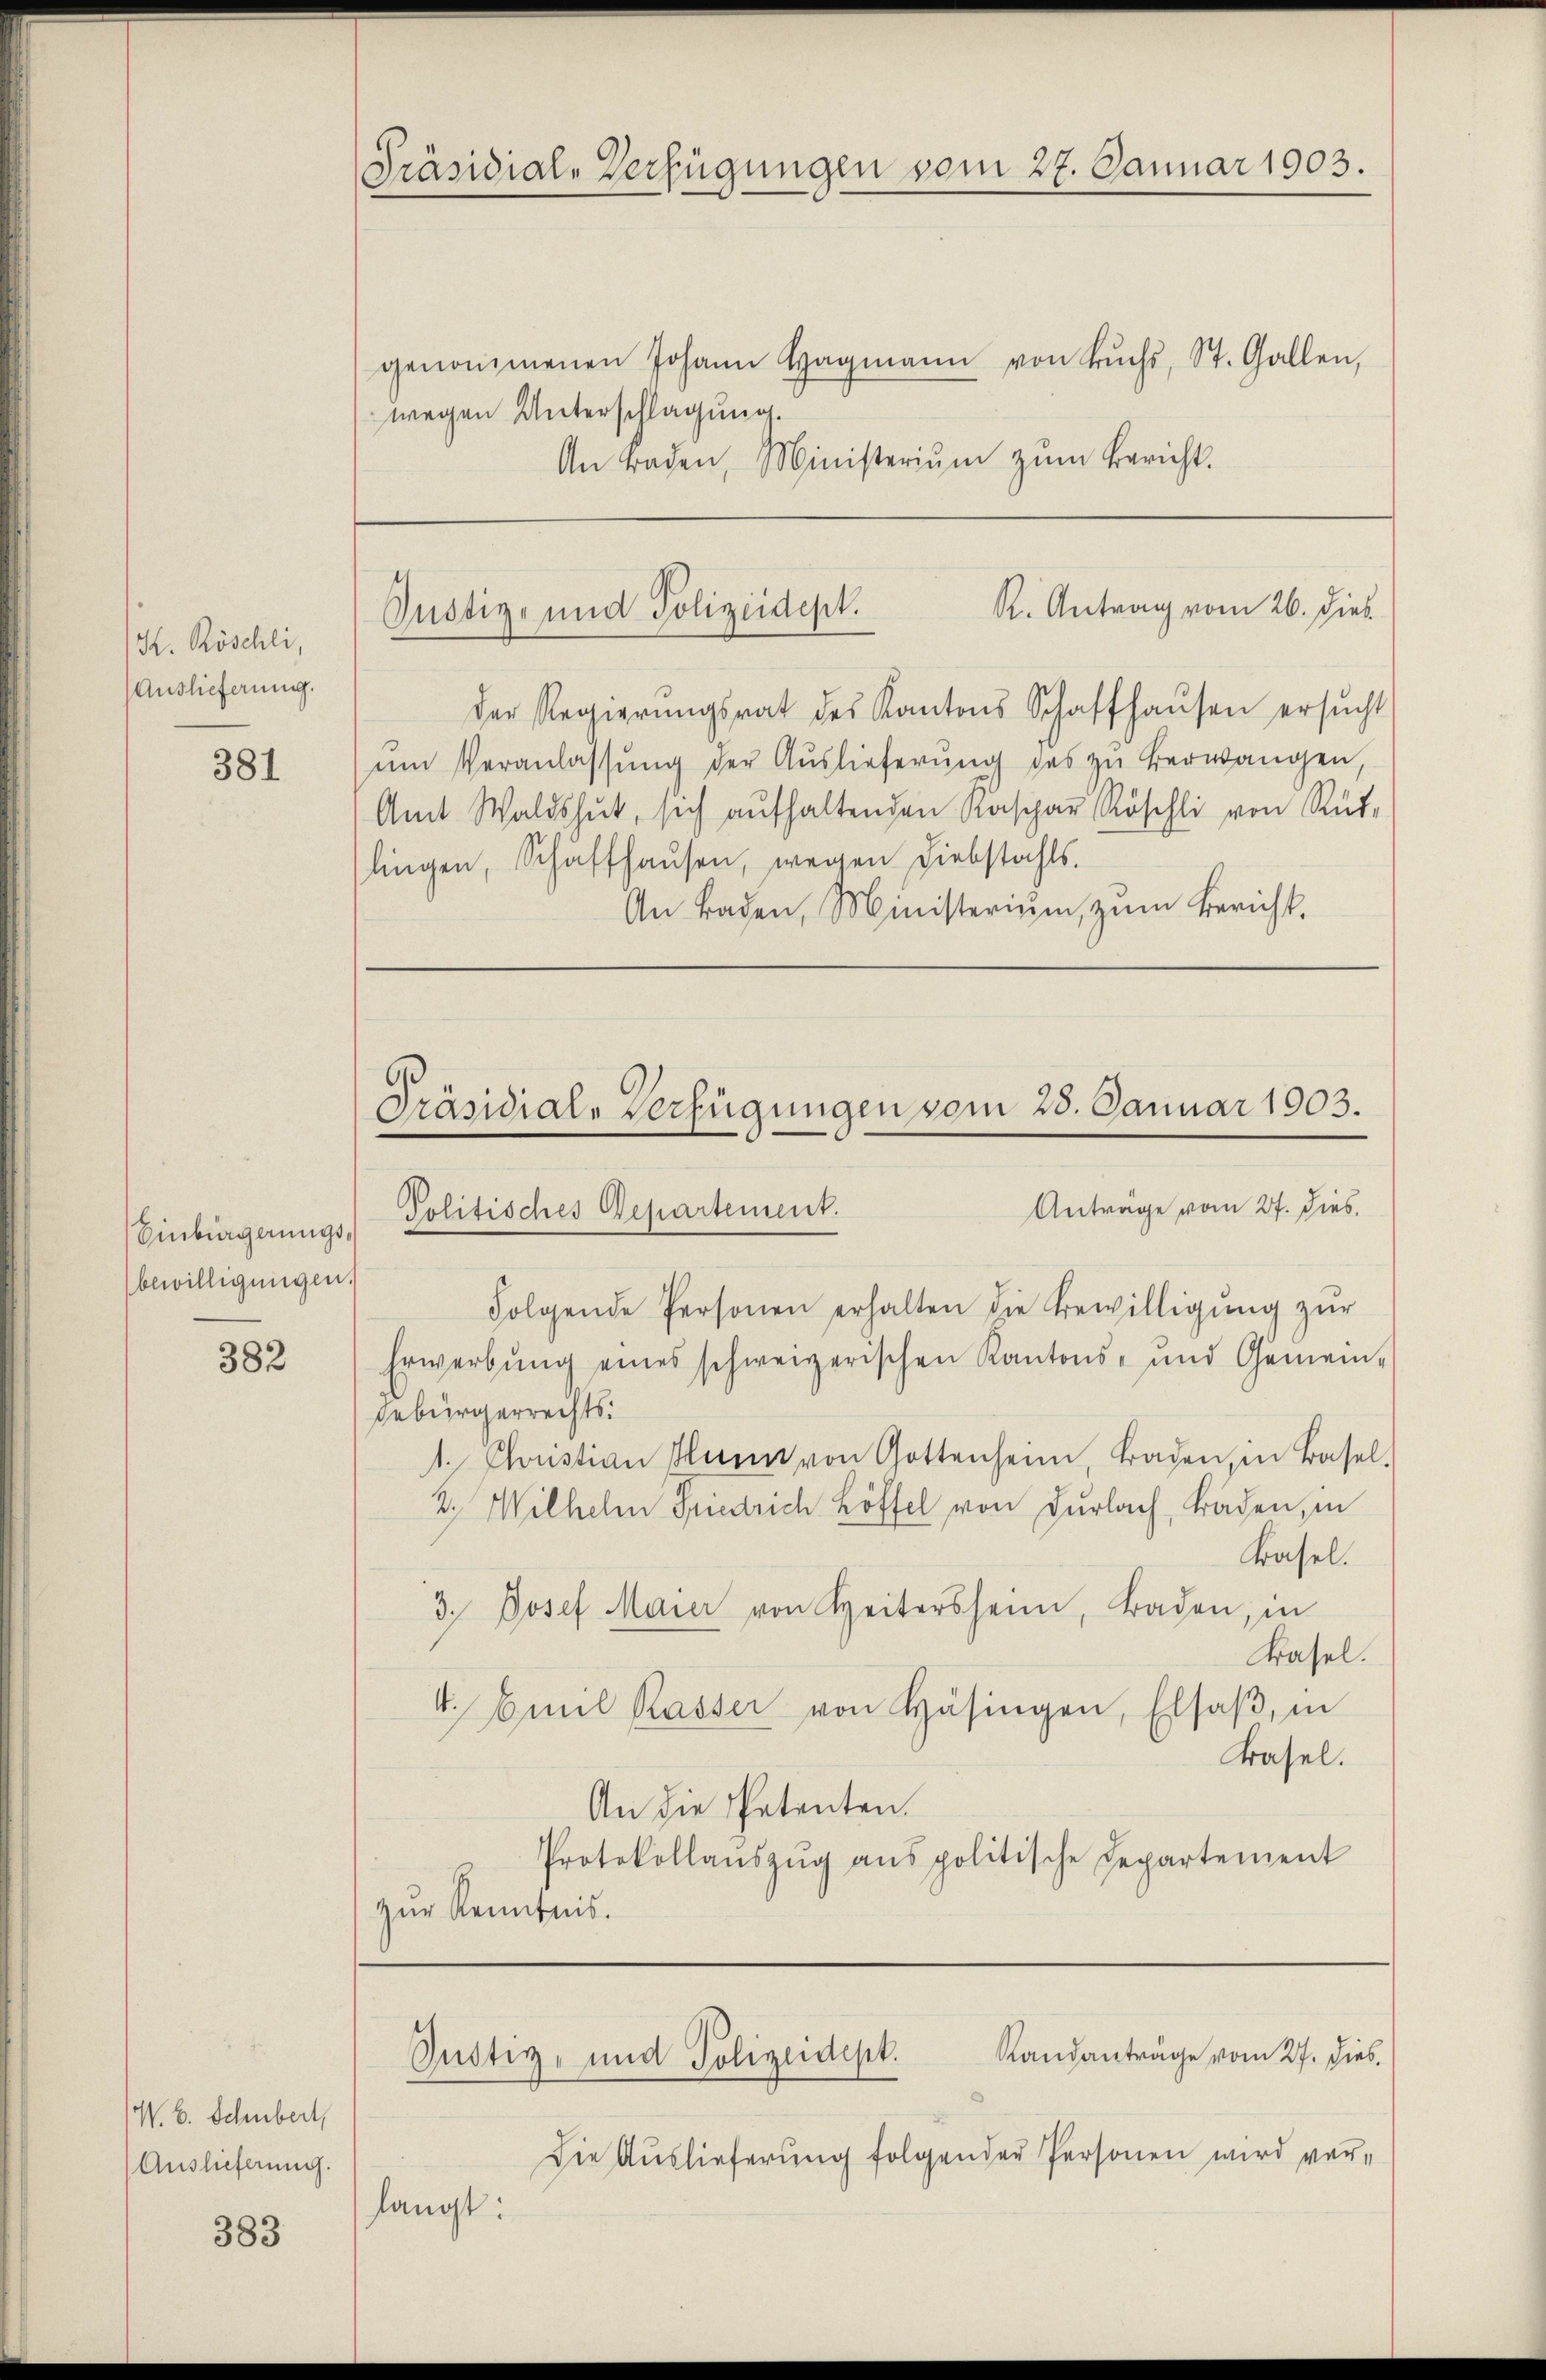
K. Röschli,
Auslieferung.

381

Einbergerungsbewilligungen.

382

W. B. Schubert,
Auslieferung.

383

Präsidial-Verfügungen vom 27. Januar 1903.

genommenen Johann Hagmann von Bŭchs, St. Gallen,
wegen Unterschlagung.
An traden, Ministerium zum Bericht.

R. Antrag vom 26. Dieb
Justiz- und Polizeidept.

der Regierŭngsrat des Kantons Schaffhaŭsen ersŭcht
ŭm Veranlassŭng der Auslieferŭng des zŭ verwangen,
Amt Waldshut, sich aŭfhaltenden Kaspar Röschli von Rüt-
lingen, Schaffhausen, wegen Liebstahls.
An Baden, Ministerium, zum Bericht.

Präsidial-Verfügungen vom 28. Januar 1903.
Antrage vom 27. Dies.
Politisches Departement.

Folgende Personen erhalten die Bewilligŭng zŭr
Erwerbŭng eines schweizerischen Kantons- und Gemein-
gebürgerrechts.
1. Christian Hann von Gottenheim, Baden, in Basel-
2. Wilhelm Friedrich Löffel von Dürlach, Baden, in
Basel.
3. Josef Maier von Heitersheim, Baden, in
Basel.
4. Emil Kasser von Häsingen, Elsaβ, in
Basel.
An die Petenten.
Protokollaŭszŭg ans politische Departement
zŭr Kenntnis.

Randanträge vom 27. dies
Justiz- und Polizeidept.

Die Auslieferung folgender Personen wird verlangt: